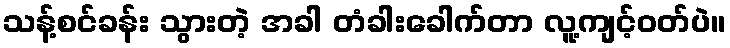
သန့်စင်ခန်း သွားတဲ့ အခါ တံခါးခေါက်တာ လူ့ကျင့်ဝတ်ပဲ။